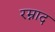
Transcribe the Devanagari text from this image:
रम्नाद